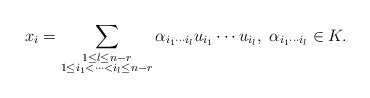
\begin{align*}x_i&=\sum_{\substack {1\leq l\leq n-r\\ 1\leq i_1<\cdots<i_l\leq n-r}}\alpha_{i_1\cdots i_l} u_{i_1}\cdots u_{i_l},\ \alpha_{i_1\cdots i_l}\in K.\end{align*}